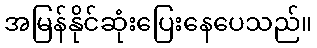
အမြန်နိုင်ဆုံးပြေးနေပေသည်။